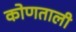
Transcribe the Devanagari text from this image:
कोणताली